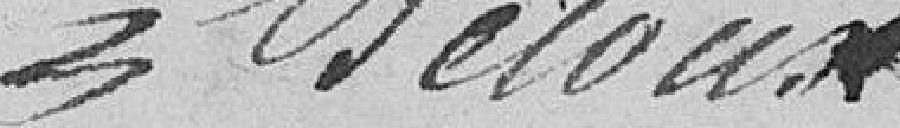
Decoux